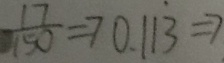
\frac { 1 7 } { 1 5 0 } \Rightarrow 0 . 1 1 \dot { 3 } \Rightarrow